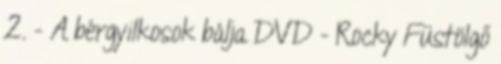
2. - A bérgyilkosok bálja DVD - Rocky Füstölgő